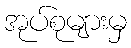
အုပ်စုများမှ